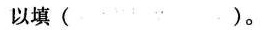
以填()。